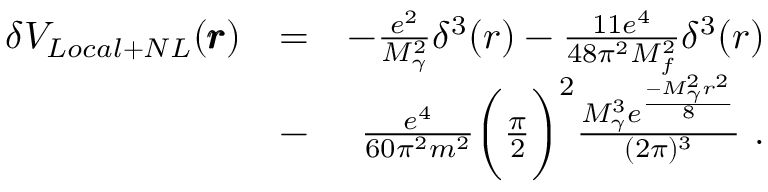
\begin{array} { r l r } { \delta V _ { L o c a l + N L } ( \pmb { r } ) } & { = } & { - \frac { e ^ { 2 } } { M _ { \gamma } ^ { 2 } } \delta ^ { 3 } ( r ) - \frac { 1 1 e ^ { 4 } } { 4 8 \pi ^ { 2 } M _ { f } ^ { 2 } } \delta ^ { 3 } ( r ) } \\ & { - } & { \frac { e ^ { 4 } } { 6 0 \pi ^ { 2 } m ^ { 2 } } \biggl ( \frac { \pi } { 2 } \biggr ) ^ { 2 } \frac { M _ { \gamma } ^ { 3 } e ^ { \frac { - M _ { \gamma } ^ { 2 } r ^ { 2 } } { 8 } } } { ( 2 \pi ) ^ { 3 } } \ . } \end{array}